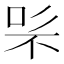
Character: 𭇨